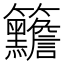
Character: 𥸣